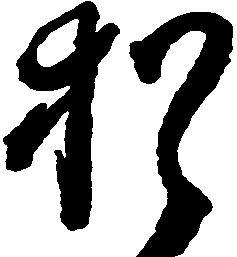
猶